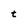
Character: t